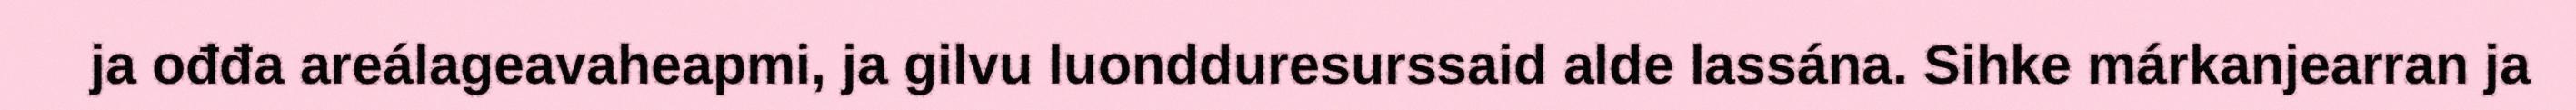
ja ođđa areálageavaheapmi, ja gilvu luondduresurssaid alde lassána. Sihke márkanjearran ja